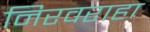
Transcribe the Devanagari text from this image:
निरवराहा